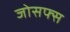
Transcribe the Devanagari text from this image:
जोसफ्स